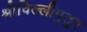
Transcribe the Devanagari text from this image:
श्रीविल्लीपुतुर